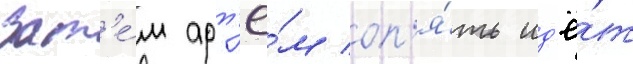
Зат'е́м арт'ё́м оп'я́ть ид'ё́т